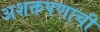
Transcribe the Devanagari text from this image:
अशक्तपणाची